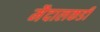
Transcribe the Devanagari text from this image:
मैदालकडी